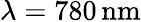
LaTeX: \lambda=780\, \mathrm{nm}